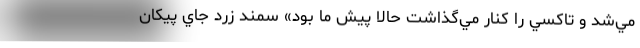
مي‌شد و تاكسي را كنار مي‌گذاشت حالا پيش ما بود» سمند زرد جاي پيكان